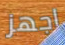
اجهز